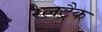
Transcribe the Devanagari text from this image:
रेलट्रैक